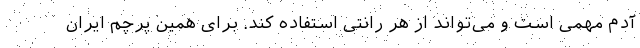
آدم مهمی است و می‌تواند از هر رانتی استفاده کند. برای همین پرچم ایران